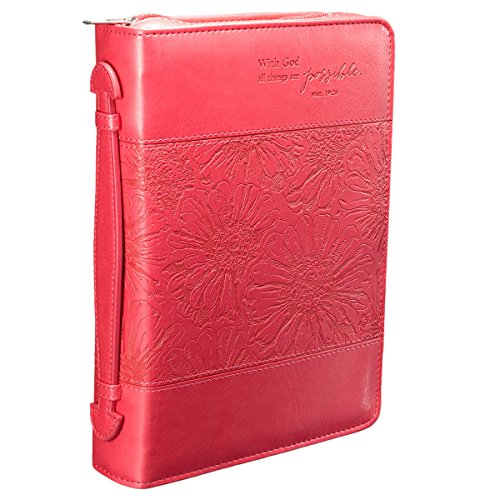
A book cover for Pink "All Things Are Possible" Bible / Book Cover - Matthew 19:26 (Medium); Christian Art Gifts (Manufacturer); Christian Books & Bibles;